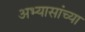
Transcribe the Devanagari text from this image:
अभ्यासांच्या